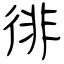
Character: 徘